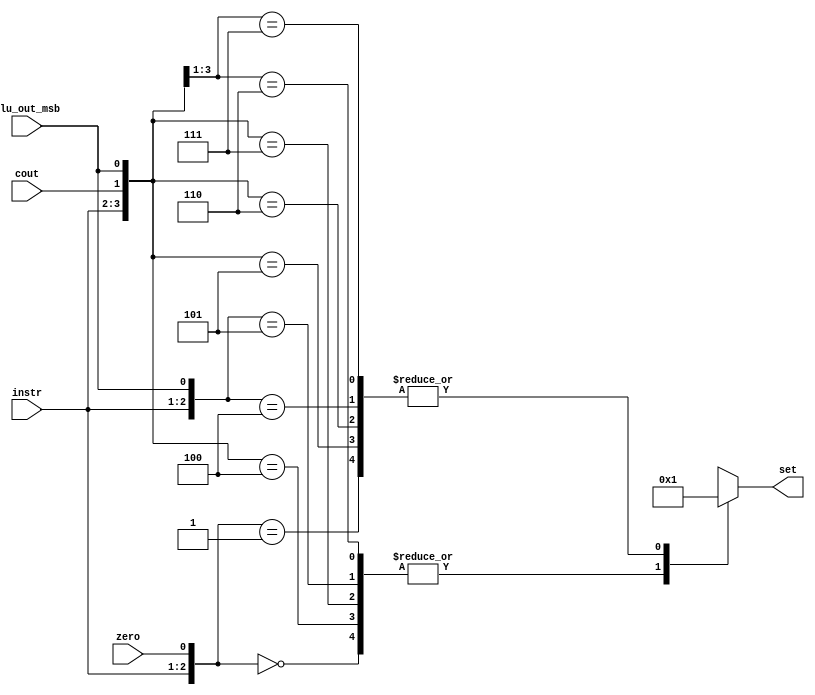
module cond_set_old(set, instr, zero, cout, alu_out_msb);
    input zero, cout, alu_out_msb;
    input [1:0] instr;
    output [15:0] set;
    reg [15:0] set;

always @ (zero, cout, alu_out_msb, instr)
begin
    casex({instr,zero,cout,alu_out_msb})
      5'b000xx:
      begin
        set <= 16'b0000_0000_0000_0000;
      end
      5'b001xx:
      begin
        set <= 16'b0000_0000_0000_0001;
      end
/**
      5'b01xx0:
      begin
        set <= 16'b0000_0000_0000_0000;
      end
      5'b01xx1:
      begin
        set <= 16'b0000_0000_0000_0001;
      end
   */   

      5'b01x00:
      begin
        set <= 16'b0000_0000_0000_0000;
      end
      5'b01x01:
      begin
        set <= 16'b0000_0000_0000_0001;
      end

      5'b01x10:
      begin
        set <= 16'b0000_0000_0000_0001;
      end
      5'b01x11:
      begin
        set <= 16'b0000_0000_0000_0000;
      end



      5'b10xx0:
      begin
        set <= 16'b0000_0000_0000_0001;
      end
      5'b10xx1:
      begin
        set <= 16'b0000_0000_0000_0000;
      end
      5'b11x0x:
      begin
        set <= 16'b0000_0000_0000_0000;
      end
      5'b11x1x:
      begin
        set <= 16'b0000_0000_0000_0001;
      end
      
      default:
      begin
        set <= 16'bxxxx_xxxx_xxxx_xxxx;
      end
    endcase
end   
endmodule